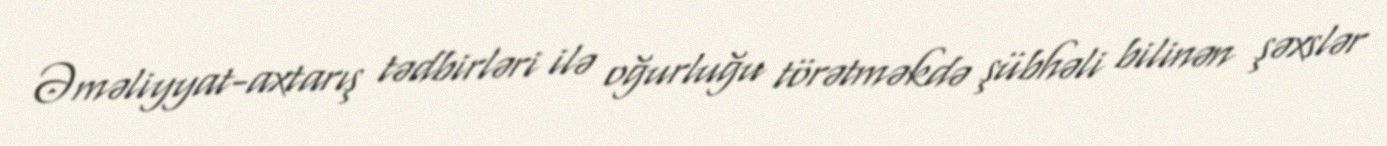
Əməliyyat-axtarış tədbirləri ilə oğurluğu törətməkdə şübhəli bilinən şəxslər